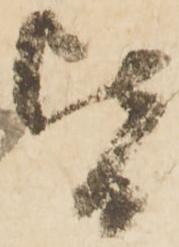
皆